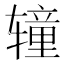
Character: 𰺝